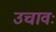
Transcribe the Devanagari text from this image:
उचावः